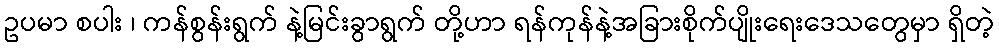
ဥပမာ စပါး ၊ ကန်စွန်းရွက် နဲ့မြင်းခွာရွက် တို့ဟာ ရန်ကုန်နဲ့အခြားစိုက်ပျိုးရေးဒေသတွေမှာ ရှိတဲ့